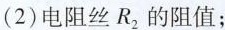
(2)电阻丝R_{2} 的阻值；